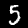
Digit: 5